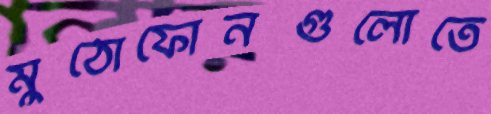
মুঠোফোনগুলোতে